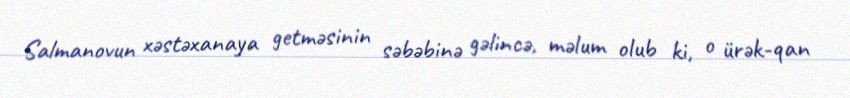
Salmanovun xəstəxanaya getməsinin səbəbinə gəlincə, məlum olub ki, o ürək-qan